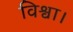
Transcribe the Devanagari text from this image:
विश्वा।